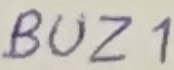
Text: BUZ1